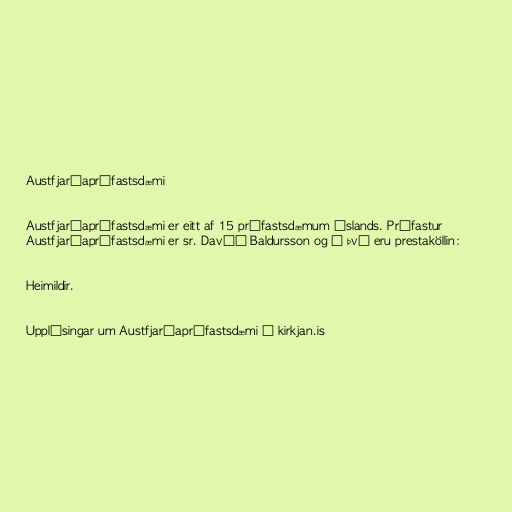
Austfjarðaprófastsdæmi

Austfjarðaprófastsdæmi er eitt af 15 prófastsdæmum Íslands. Prófastur
Austfjarðaprófastsdæmi er sr. Davíð Baldursson og í því eru prestaköllin:

Heimildir.

Upplýsingar um Austfjarðaprófastsdæmi á kirkjan.is